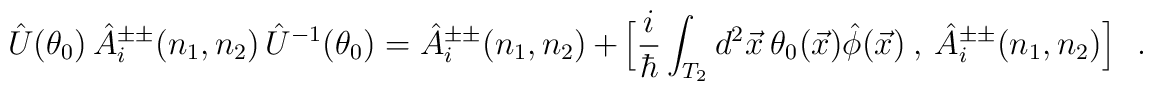
\hat{U}(\theta_0)\,\hat{A}_i^{\pm\pm}(n_1,n_2)\,\hat{U}^{-1}(\theta_0)=\hat{A}_i^{\pm\pm}(n_1,n_2)\,+\,\Big[\frac{i}{\hbar}\int_{T_2}d^2\vec{x}\ \theta_0(\vec{x})\hat{\phi}(\vec{x})\ ,\ \hat{A}_i^{\pm\pm}(n_1,n_2)\Big]\ \ \ .